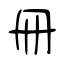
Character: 冊